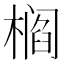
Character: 𰘠